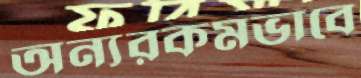
অন্যরকমভাবে